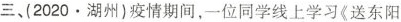
三、(2020▪湖州)疫情期间，一位同学线上学习《送东阳